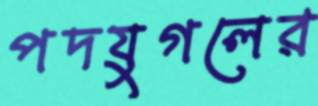
পদযুগলের